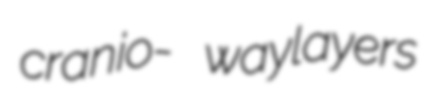
cranio- waylayers